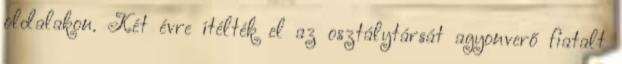
oldalakon. Két évre ítélték el az osztálytársát agyonverő fiatalt